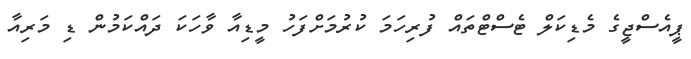
ޕީއެސްޖީގެ މެޑިކަލް ޓެސްޓްތައް ފުރިހަމަ ކުރުމަށްފަހު މީޑިއާ ވާހަކަ ދައްކަމުން ޑި މަރިއާ